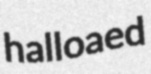
halloaed